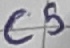
Text: C5